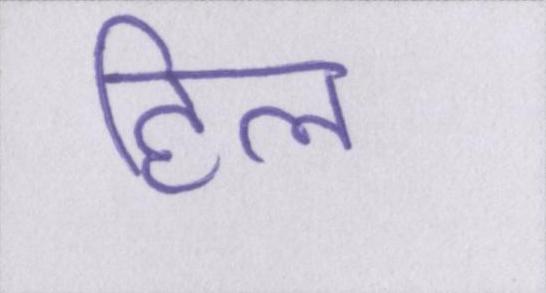
हिल